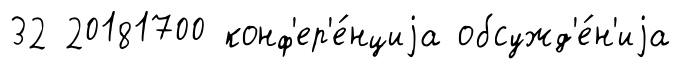
32 20181700 конф'ер'е́нциjа обсужд'е́н'иjа